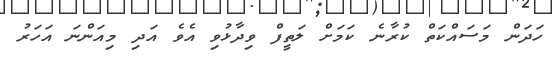
ހަދަން މަސައްކަތް ކުރާނެ ކަމަށް ލަތީފް ވިދާޅުވި އެވެ އަދި މިއަންނަ އަހަރު